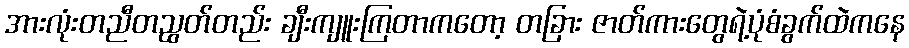
အားလုံးတညီတညွတ်တည်း ချီးကျူးကြတာကတော့ တခြား ဇာတ်ကားတွေရဲ့ပုံစံခွက်ထဲကနေ